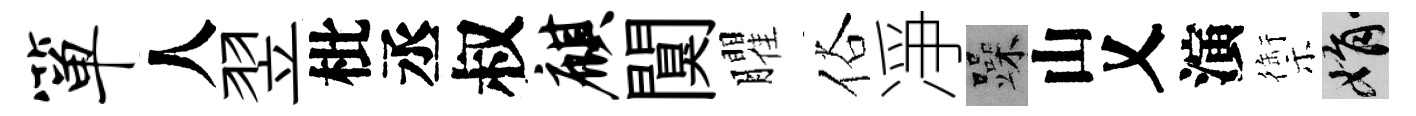
箪人翌枇丞叔麒闃臞俗凈躁山乂演禦娟